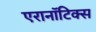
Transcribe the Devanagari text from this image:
एरानाॅटिक्स